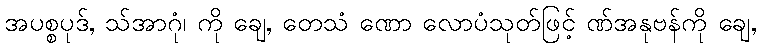
အပစ္စပုဒ်, သ်အာဂုံ၊ ကို ချေ, တေသံ ဏော လောပံသုတ်ဖြင့် ဏ်အနုဗန်ကို ချေ,